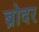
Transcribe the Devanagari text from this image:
ब्रोदर